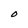
Character: O